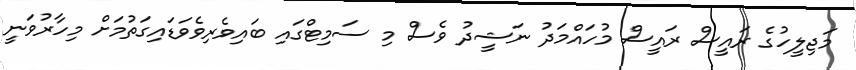
މަޖިލީހުގެ ރައީސް ރައީސް މުހައްމަދު ނަޝީދު ވެސް މި ސަމިޓްގައި ބައިވެރިވެވަޑައިގަތުމަށް މިހާރުވަނީ